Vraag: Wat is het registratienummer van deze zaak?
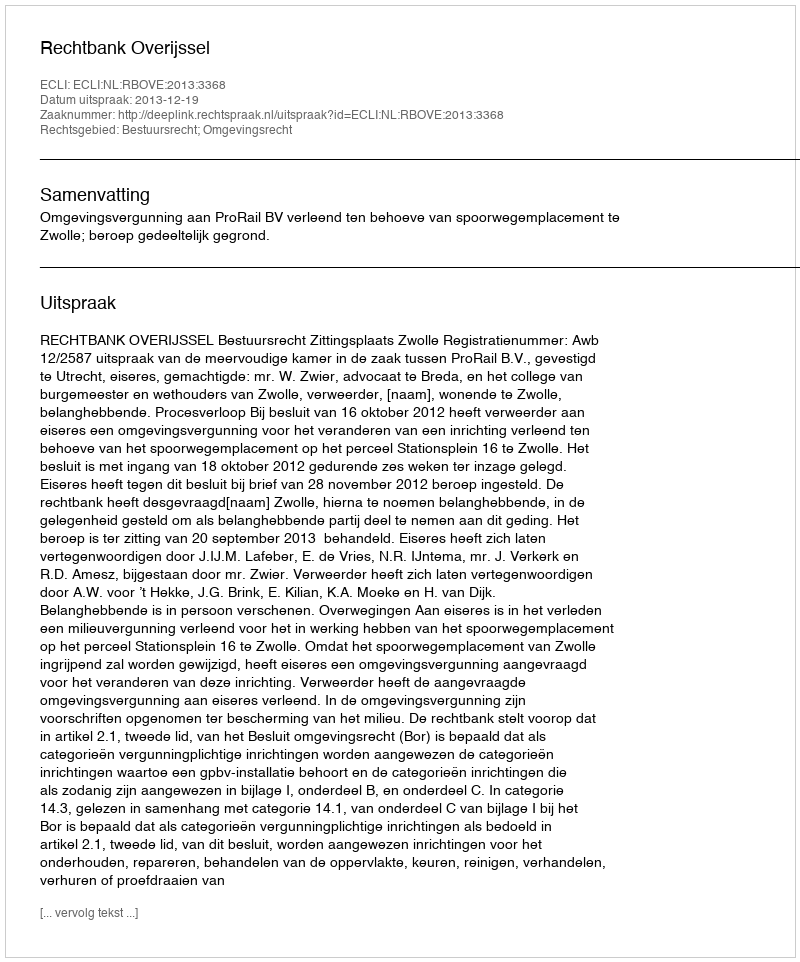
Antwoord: http://deeplink.rechtspraak.nl/uitspraak?id=ECLI:NL:RBOVE:2013:3368